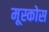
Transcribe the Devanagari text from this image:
मूस्कोस